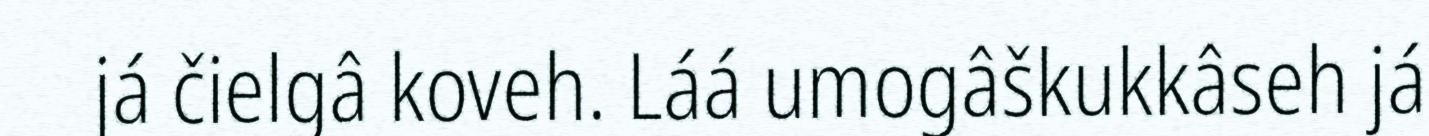
já čielgâ koveh. Láá umogâškukkâseh já